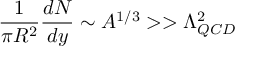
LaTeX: { \frac { 1 } { \pi R ^ { 2 } } } { \frac { d N } { d y } } \sim A ^ { 1 / 3 } > > \Lambda _ { Q C D } ^ { 2 }